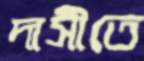
দাসীতে